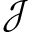
\mathcal J